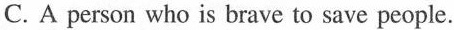
C. A person who is brave to save people.